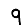
Digit: 9